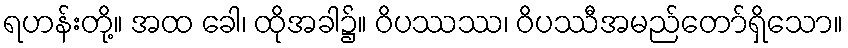
ရဟန်းတို့။ အထ ခေါ၊ ထိုအခါ၌။ ဝိပဿဿ၊ ဝိပဿီအမည်တော်ရှိသော။